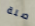
صلة